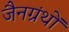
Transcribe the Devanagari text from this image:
जैनग्रंथों